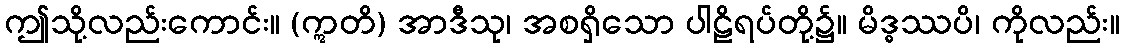
ဤသို့လည်းကောင်း။ (ဣတိ) အာဒီသု၊ အစရှိသော ပါဠိရပ်တို့၌။ မိဒ္ဓဿပိ၊ ကိုလည်း။